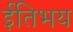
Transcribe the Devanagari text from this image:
ईतिभय